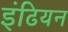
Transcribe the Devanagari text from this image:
इंढियन